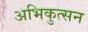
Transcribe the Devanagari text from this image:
अभिकुत्सन